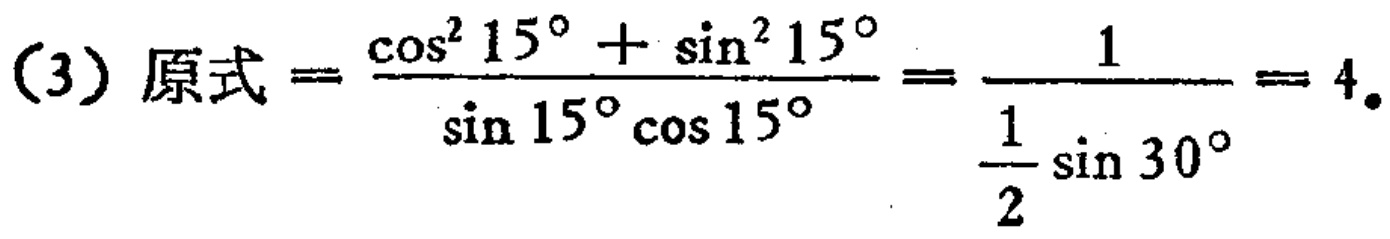
(3) 原式$=\frac{\cos^{2}15^{\circ}+\sin^{2}15^{\circ}}{\sin15^{\circ}\cos15^{\circ}}=\frac{1}{\frac{1}{2}\sin30^{\circ}} = 4$